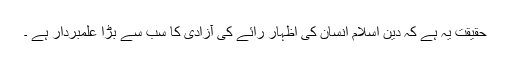
حقیقت یہ ہے کہ دین اسلام انسان کی اظہار رائے کی آزادی کا سب سے بڑا علمبردار ہے ۔